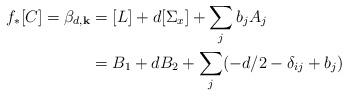
LaTeX: \begin{align*}f_{\ast} [ C ] = \beta_{d, \textbf{k}}& = [L] + d [\Sigma_x ] + \sum_j b_j A_j \\& = B_1 + d B_2 + \sum_j (-d/2 - \delta_{ij} + b_j) \end{align*}